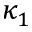
\kappa _ { 1 }